system: You are a helpful assistant.
user:
Analyze the provided spectrum to determine if it is a **S-type Star**.

- **Key Indicators for S-type Star:**

    - **(Overall Spectrum Shape):** The first and most obvious characteristic is the overall continuum (the "baseline" shape). It is **extremely "red-sloping,"** meaning the flux (light intensity) is very low on the left side (blue, ~4000-4500 Å) and rises steeply and continuously toward the right side (red, ~7000 Å+).

    - **(Primary):** The spectrum is defined by the presence of strong, broad molecular absorption "valleys" (bands) from **Zirconium Oxide (ZrO)**. The identification of these bands is the **primary requirement** for classifying a star as S-type.
        - **(Key Bandheads):** You must find distinct, deep "dips" where the light has been absorbed. The most critical band systems to locate are:
            - **~6474 Å** ($\gamma$-system): This is often the strongest and clearest ZrO feature, found in the red part of the spectrum.
            - **~5718 Å** & **~5551 Å** ($\beta$-system): A pair of prominent absorption features in the yellow-orange part of the spectrum.
            - **~4640 Å** ($\alpha$-system): A key absorption band system in the blue-green region of the spectrum.

    - **(Secondary Confirmation):** The classification is strengthened by finding additional absorption bands from other related heavy element oxides, which are expected to be present alongside ZrO.
        - **(Key Bandheads):**
            - **Yttrium Oxide (YO):** Look for absorption dips near **~4800 Å** and **~6100 Å**.
            - **Lanthanum Oxide (LaO):** Additional absorption features, particularly in the red-orange part of the spectrum, are also characteristic.

    - **(Line Profile):** The combination of the steep red continuum and these numerous, deep molecular bands (ZrO, YO, etc.) gives the entire spectrum a very **"chopped-up"** or **"bumpy"** appearance. Instead of a smooth curve, the spectrum looks as though large, wide chunks of light have been "carved out" of it at the specific wavelengths listed above.

Think first, call **spectral_visualization_tool** if needed to examine features in detail, then provide your final answer. Your response must adhere to the following strict rules:
1.  **Overall Structure:** Your response must follow the format `<think>...</think> <tool_call>...</tool_call> (if a tool is used) <answer>...</answer>`.
2.  **Tool Usage Constraint:** You may only make **one** tool call per turn.
3.  **Final Answer Format:** In the `<answer>` tag, your conclusion must be inside a `\boxed{}` command (e.g., `\boxed{YES}` or `\boxed{NO}`), followed by your justification.

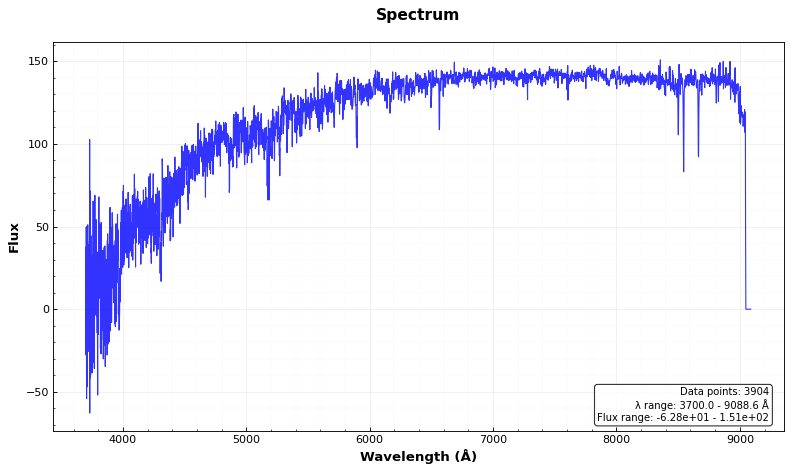
Answer: NO